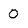
Character: O